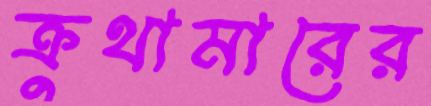
ক্রুথামারের